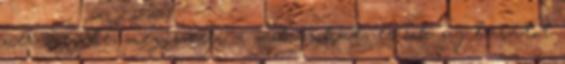
néz szembe, megismeri a mókusokat, és sok új barátot